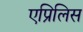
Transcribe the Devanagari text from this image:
एप्रिलिस